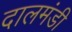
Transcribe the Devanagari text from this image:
दालमंडी